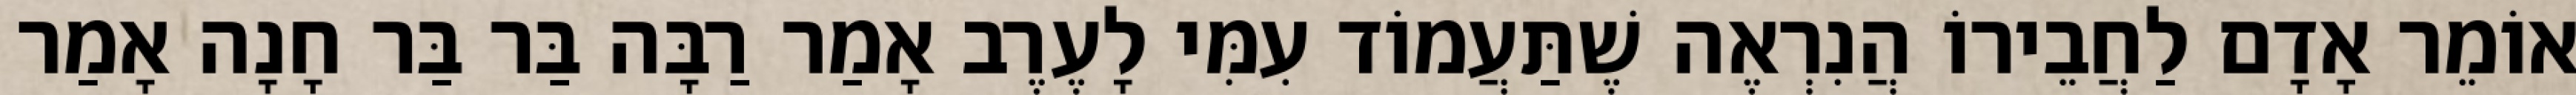
אוֹמֵר אָדָם לַחֲבֵירוֹ הֲנִרְאֶה שֶׁתַּעֲמוֹד עִמִּי לָעֶרֶב אָמַר רַבָּה בַּר בַּר חָנָה אָמַר